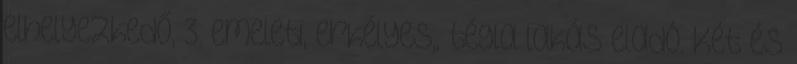
elhelyezkedő, 3. emeleti, erkélyes,, tégla lakás eladó. Két és